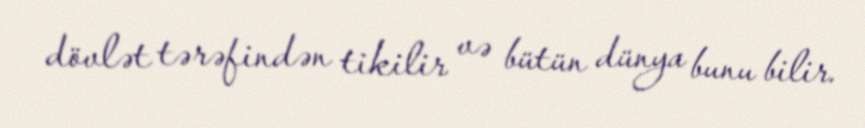
dövlət tərəfindən tikilir və bütün dünya bunu bilir.